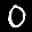
Label: 0